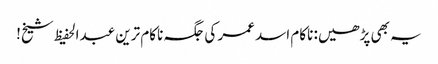
یہ بھی پڑھیں: ناکام اسد عمر کی جگہ ناکام ترین عبدالحفیظ شیخ!